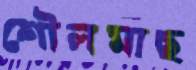
শৌলমাছ